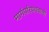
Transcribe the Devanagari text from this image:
मार्गपरिपथवाली